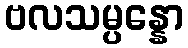
ဗလသမ္ပန္နော